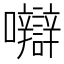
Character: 𡅼